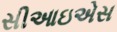
સીઆઇએસ